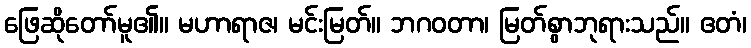
ဖြေဆိုတော်မူ၏။ မဟာရာဇ၊ မင်းမြတ်။ ဘဂဝတာ၊ မြတ်စွာဘုရားသည်။ ဧတံ၊